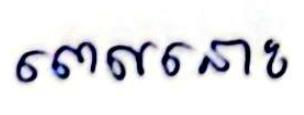
ពេលនោះ